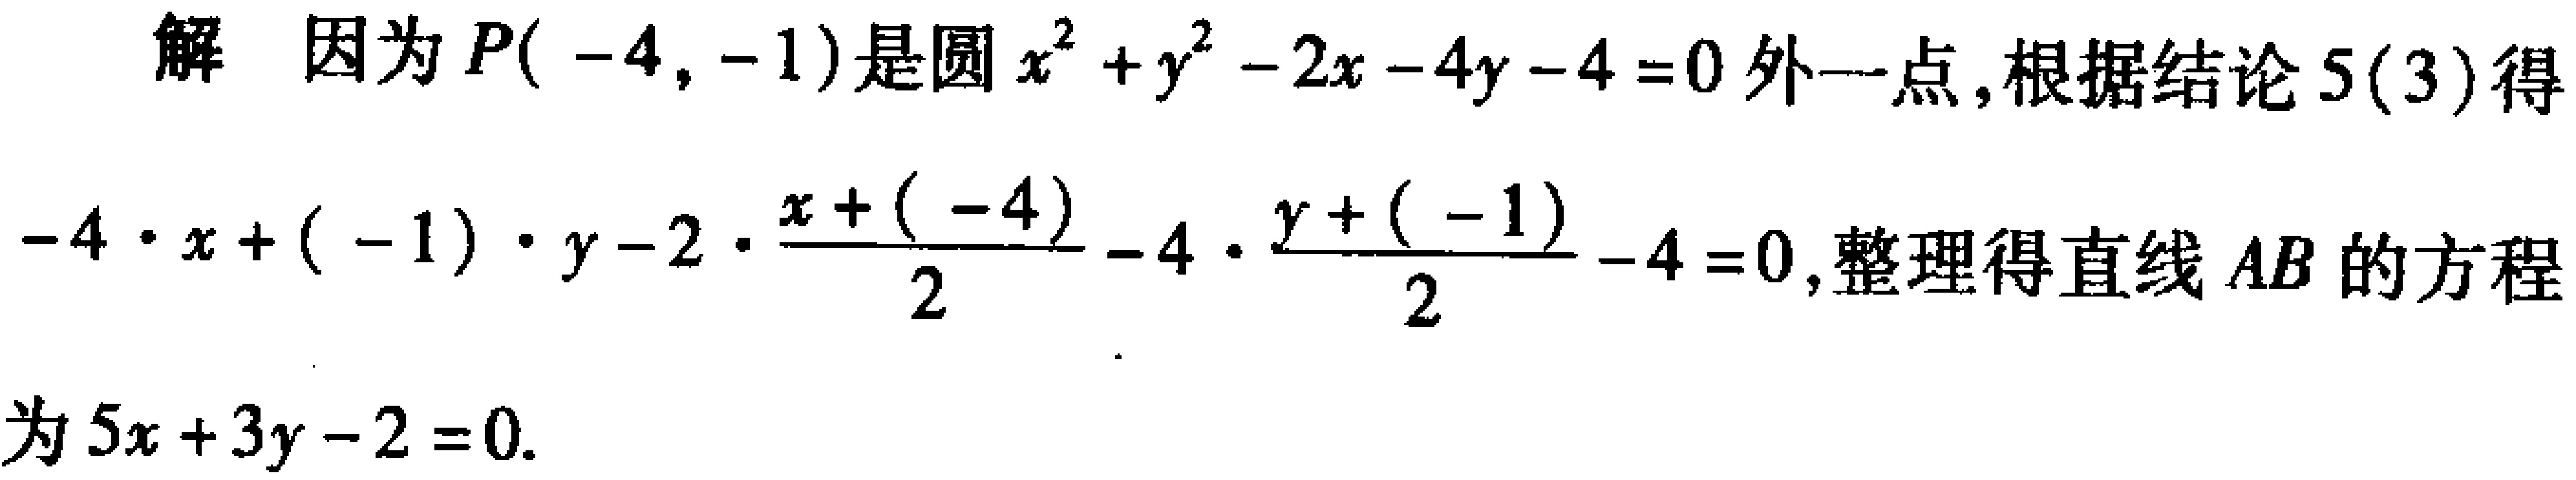
解 因为\(P(-4,-1)\)是圆\(x^{2}+y^{2}-2x - 4y - 4 = 0\)外一点,根据结论\(5(3)\)得
\(-4\cdot x+(-1)\cdot y - 2\cdot\frac{x+(-4)}{2}-4\cdot\frac{y+(-1)}{2}-4 = 0\),整理得直线\(AB\)的方程
为\(5x + 3y - 2 = 0\).